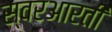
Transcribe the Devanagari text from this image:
स्वरआरती